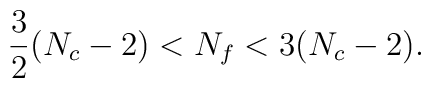
\frac{3}{2}(N_c - 2) < N_f < 3(N_c - 2).